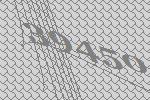
39450